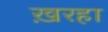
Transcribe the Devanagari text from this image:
ख़रहा